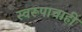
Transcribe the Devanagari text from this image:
स्वरूपाचाही